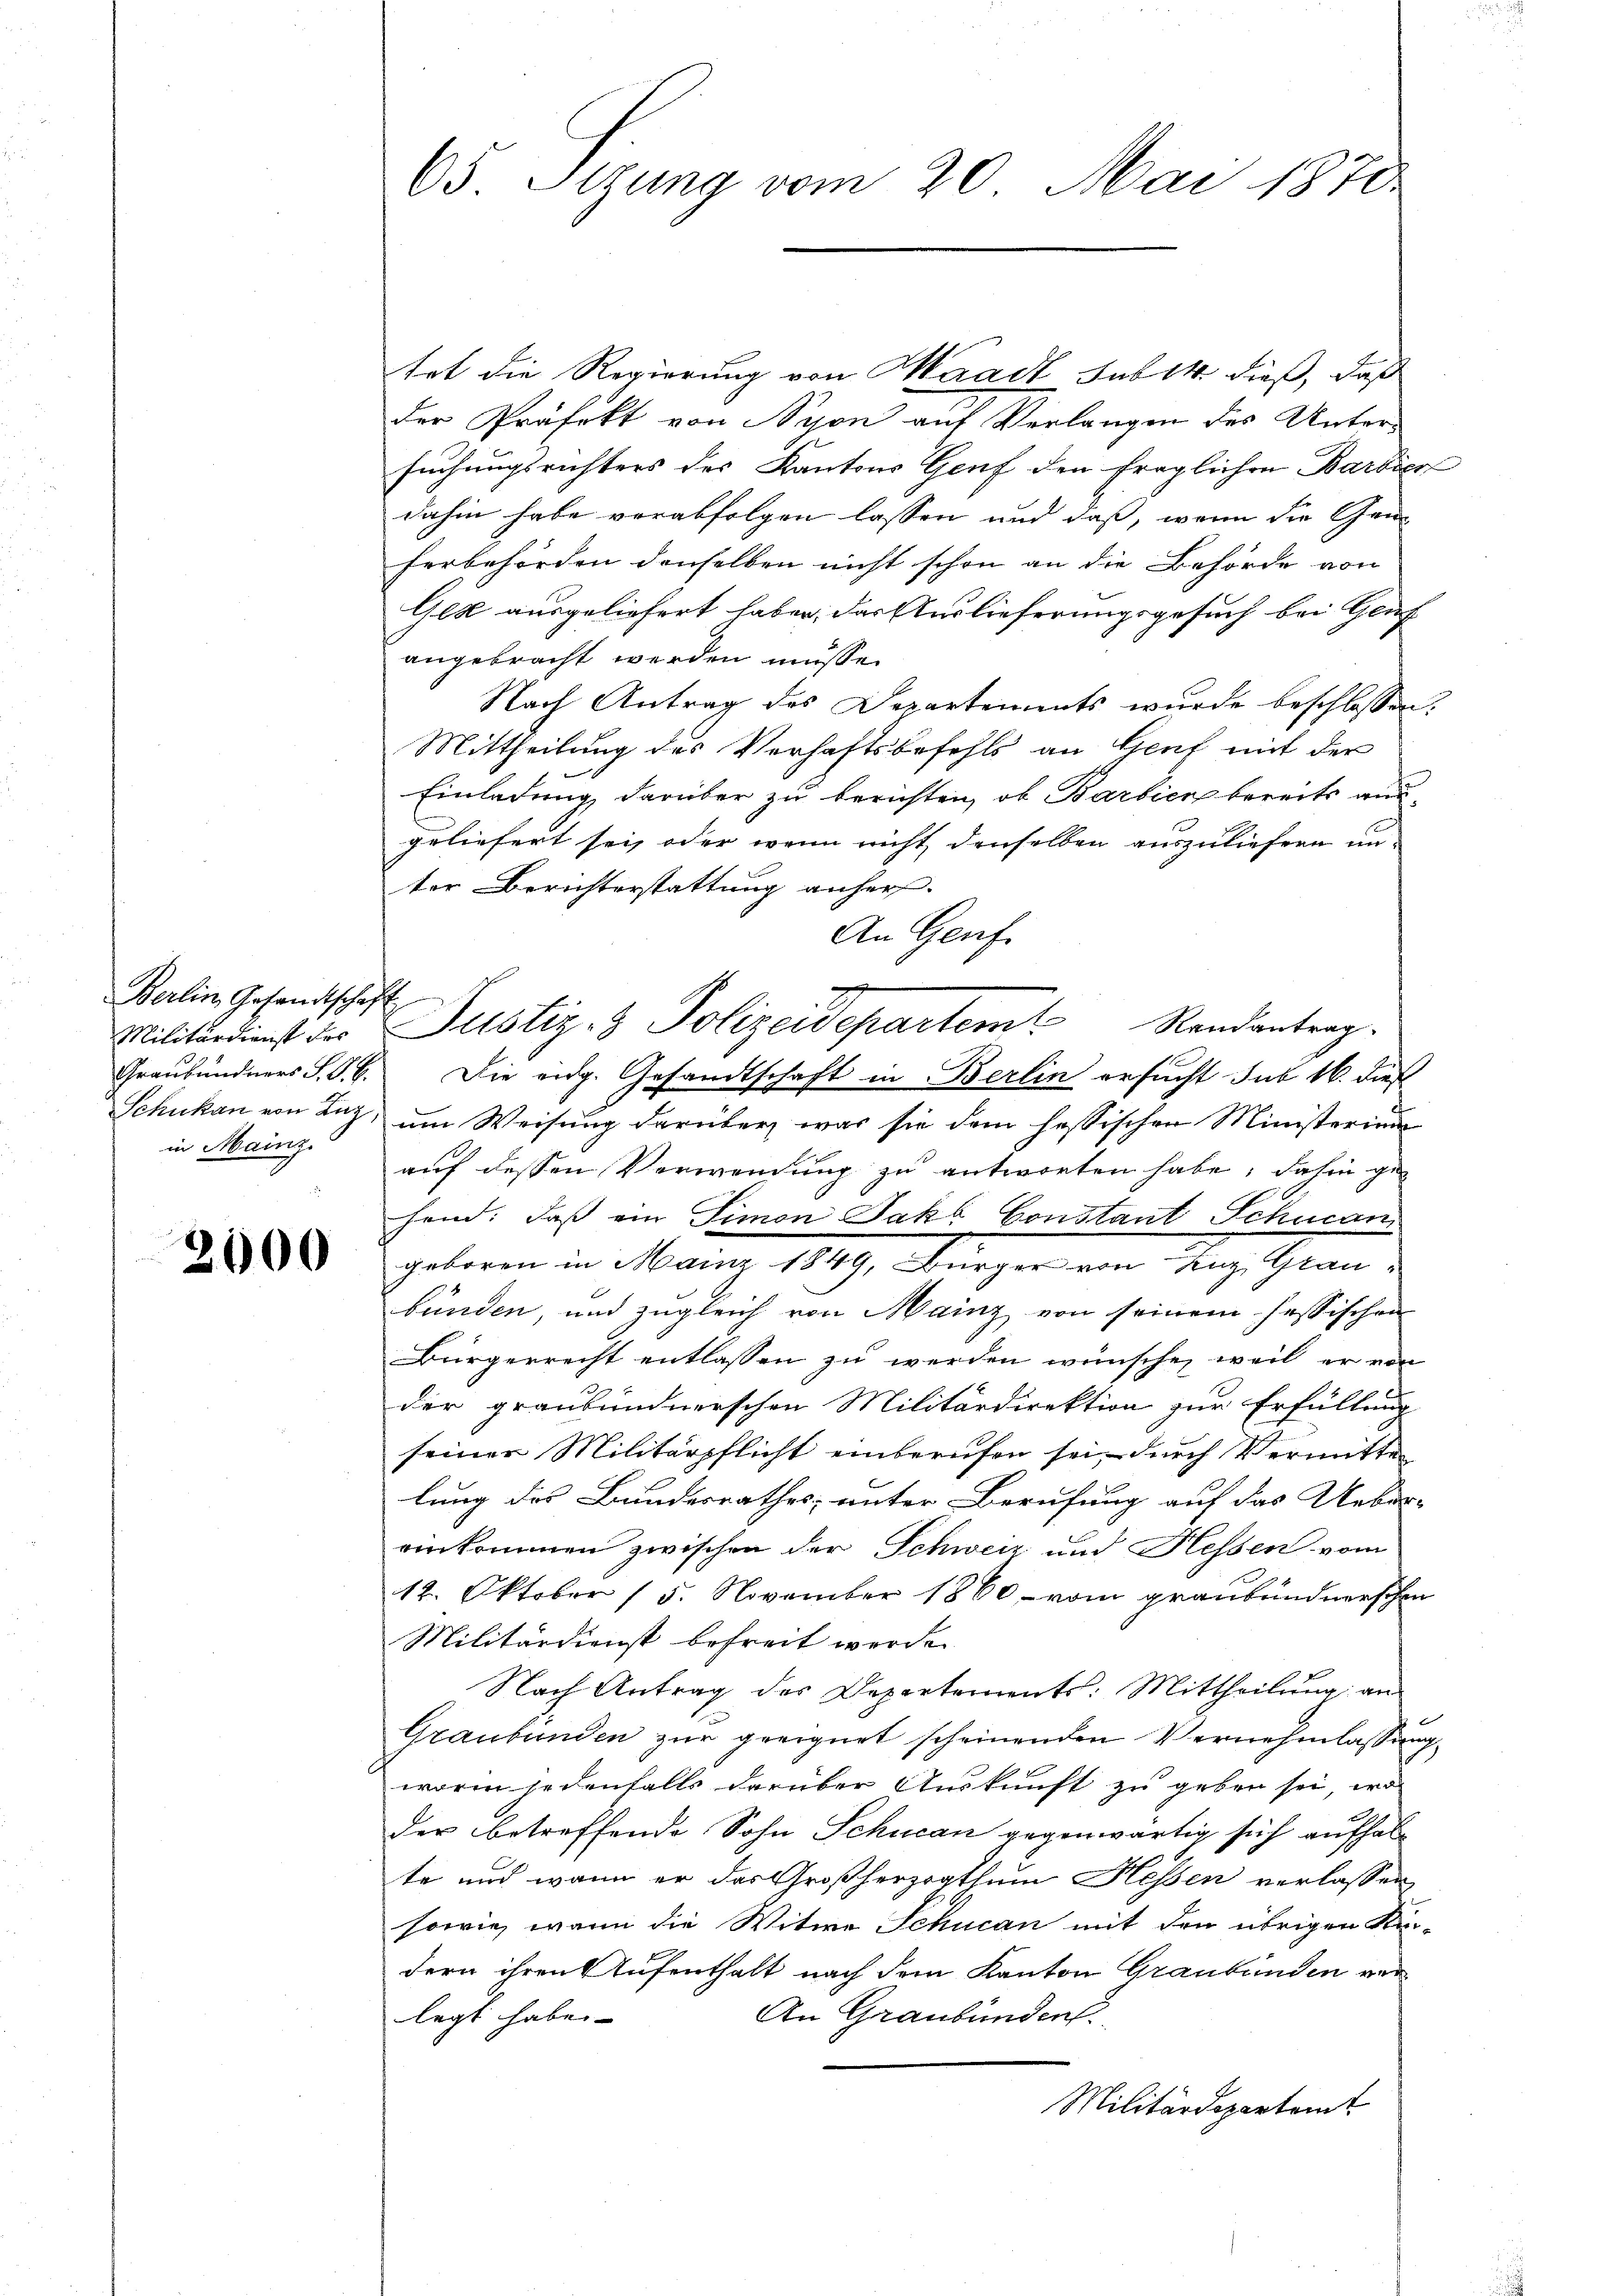
Berlin Gesandtschaft
Militärdienst des
in Mainz.

2000

tet die Regierung von Waadt sub 14 dieß, daß
der Präfekt von Schon auf Verlangen des Untersuchungsrichters des Kantons Genf den fraglichen Barbier
dahin habe verabfolgen lassen und daß, wenn die Gen
ferbehörden denselben nicht schon an die Behörde von
Ged ausgeliefert haben, das Auslieferungsgesuch bei Genf
angebracht werden müsse.
Nach Antrag des Departements wurde beschlossen:
Mittheilung des Verhaftsbefehls an Genf mit der
Einladung darüber zu berichten, ob Barbien bereits aus-
geliefert sei, oder wenn nicht denselben auszuliefern un-
ter Berichterstattung anher.
An Genf.
2
Justiz- & Polizeidepartem Randantrag.
Graubündners S. S. 6. Die eidg. Gesandtschaft in Berlin ersucht sub 16. dieß
Schukan von Luz, um Weisung darüber was sie dem hessischen Ministerium
auf dessen Verwendung zu antworten habe; dahin gehand: daß ein Simon Jakb Constant Schucan
geboren in Mainz 1849, Bürger von Luz, Glaubünden, und zugleich von Mainz von seinem hessischen
Bürgerrecht entlassen zu werden wünsche, weil er von
der graubündnerschen Militärdirektion zur Erfüllung
seiner Militärpflicht einberufen sei, durch Vermitte
lung des Bundesrathes, unter Berufung auf das Ueber-
einkommen zwischen der Schweiz und Hessen vom
12. Oktober 15. November 1860 - vom graubündnerschen
Militärdienst befreit werde.
Nach Antrag des Departements: Mittheilŭng an
Graubünden zur geeignet scheinenden Vernehmlassung
worin jedenfalls darüber Auskunft zu geben sei, wo
der betreffende Sohn Schucan gegenwärtig sich aufhalte und wenn er das Großherzogthum Hessen verlassen
sowie war die Witwe Schucan mit den übrigen Stur-
dern ihren Aufenthalt nach dem Kanton Graubünden ver¬
An Graubünden.
legt habe. |
Militärdepartamt

65 Sitzung vom 20. Mai 1870